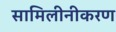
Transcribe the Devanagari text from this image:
सामिलीनीकरण